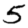
Digit: 5